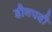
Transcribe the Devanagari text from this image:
डीनपदी